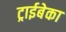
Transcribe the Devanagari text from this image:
ट्राईबेका